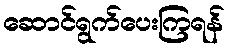
ဆောင်ရွက်ပေးကြရန်